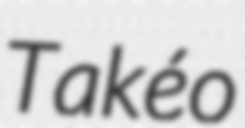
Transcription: Takéo